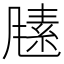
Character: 𬲃